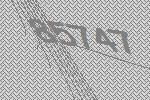
85747